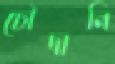
চৌদানি